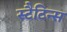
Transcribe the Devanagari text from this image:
स्टैटिन्स